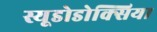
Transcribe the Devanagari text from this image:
स्यूडोडोक्सिया